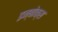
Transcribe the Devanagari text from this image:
इन्बोक्स